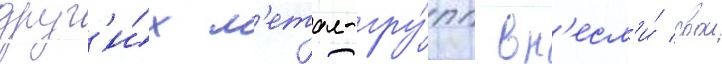
друг'и́х м'етал-гру́пп вн'есл'и́ свои